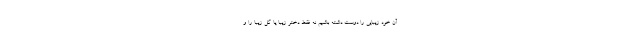
آن خود زیبایی را دوست داشته باشیم نه فقط دختر زیبا یا گل زیبا را و